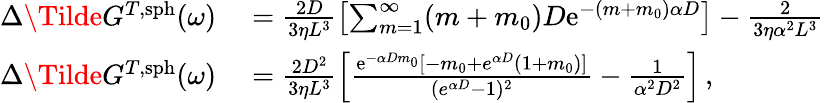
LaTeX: \begin{array}{rl}{\Delta\Tilde{G}^{T,\mathrm{sph}}(\omega)}&{{}=\frac{2D}{3\eta L^{3}}\left[\sum_{m=1}^{\infty}(m+m_{0})D\mathrm{e}^{-(m+m_{0})\alpha D}\right]-\frac{2}{3\eta\alpha^{2}L^{3}}}\\ {\Delta\Tilde{G}^{T,\mathrm{sph}}(\omega)}&{{}=\frac{2D^{2}}{3\eta L^{3}}\left[\frac{\mathrm{e}^{-\alpha Dm_{0}}[-m_{0}+e^{\alpha D}(1+m_{0})]}{({e}^{\alpha D}-1)^{2}}-\frac{1}{\alpha^{2}D^{2}}\right]\, ,}\end{array}